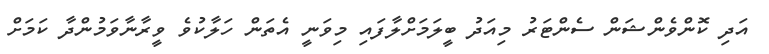
އަދި ކޮންވެންޝަން ސެންޓަރު މިއަދު ބީލަމަށްލާފައި މިވަނީ އެތަން ހަލާކުވެ ވީރާނާވަމުންދާ ކަމަށް